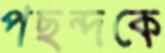
পছন্দকে